Observations on rabies - Number 36
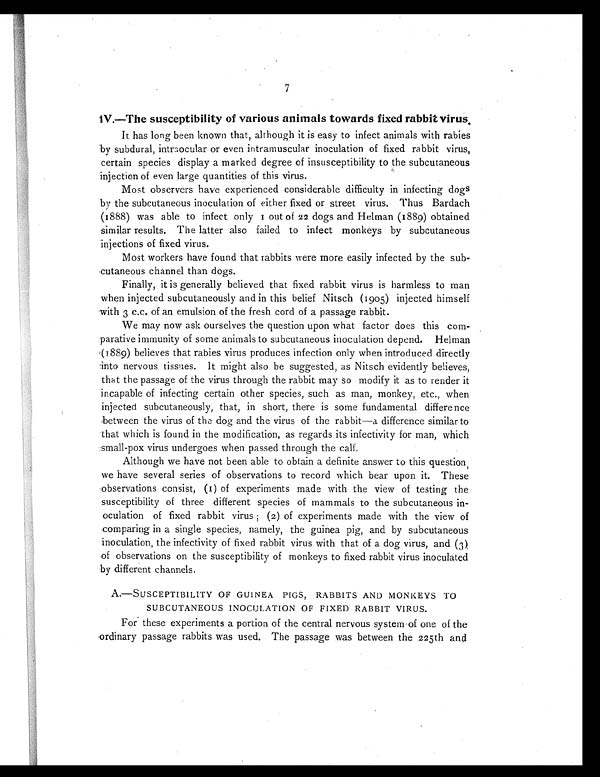
7
IV.—The susceptibility of various animals towards fixed rabbit virus.
It has long been known that, although it is easy to infect animals with rabies
by subdural, intraocular or even intramuscular inoculation of fixed rabbit virus,
certain species display a marked degree of insusceptibility to the subcutaneous
injection of even large quantities of this virus.
Most observers have experienced considerable difficulty in infecting dogs
by the subcutaneous inoculation of either fixed or street virus. Thus Bardach
(1888) was able to infect only 1 out of 22 dogs and Helman (1889) obtained
similar results. The latter also failed to infect monkeys by subcutaneous
injections of fixed virus.
Most workers have found that rabbits were more easily infected by the sub
-cutaneous channel than dogs.
Finally, it is generally believed that fixed rabbit virus is harmless to man
when injected subcutaneously and in this belief Nitsch (1905) injected himself
with 3 c.c. of an emulsion of the fresh cord of a passage rabbit.
We may now ask ourselves the question upon what factor does this com-
parative immunity of some animals to subcutaneous inoculation depend. Helman
(1889) believes that rabies virus produces infection only when introduced directly
into nervous tissues. It might also be suggested, as Nitsch evidently believes,
that the passage of the virus through the rabbit may so modify it as to render it
incapable of infecting certain other species, such as man, monkey, etc., when
injected subcutaneously, that, in short, there is some fundamental difference
between the virus of the dog and the virus of the rabbit—a difference similar to
that which is found in the modification, as regards its infectivity for man, which
small-pox virus undergoes when passed through the calf.
Although we have not been able to obtain a definite answer to this question,
we have several series of observations to record which bear upon it. These
observations consist, (1) of experiments made with the view of testing the
susceptibility of three different species of mammals to the subcutaneous in-
oculation of fixed rabbit virus; (2) of experiments made with the view of
comparing in a single species, namely, the guinea pig, and by subcutaneous
inoculation, the infectivity of fixed rabbit virus with that of a dog virus, and (3)
of observations on the susceptibility of monkeys to fixed rabbit virus inoculated
by different channels.
A.—SUSCEPTIBILITY OF GUINEA PIGS, RABBITS AND MONKEYS TO
SUBCUTANEOUS INOCULATION OF FIXED RABBIT VIRUS.
For these experiments a portion of the central nervous system of one of the
ordinary passage rabbits was used. The passage was between the 225th and